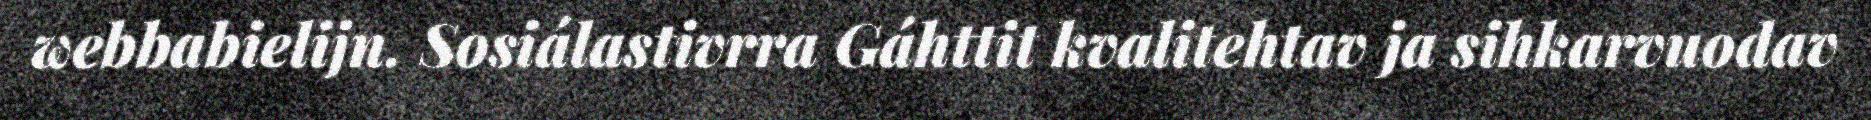
webbabielijn. Sosiálastivrra Gáhttit kvalitehtav ja sihkarvuodav